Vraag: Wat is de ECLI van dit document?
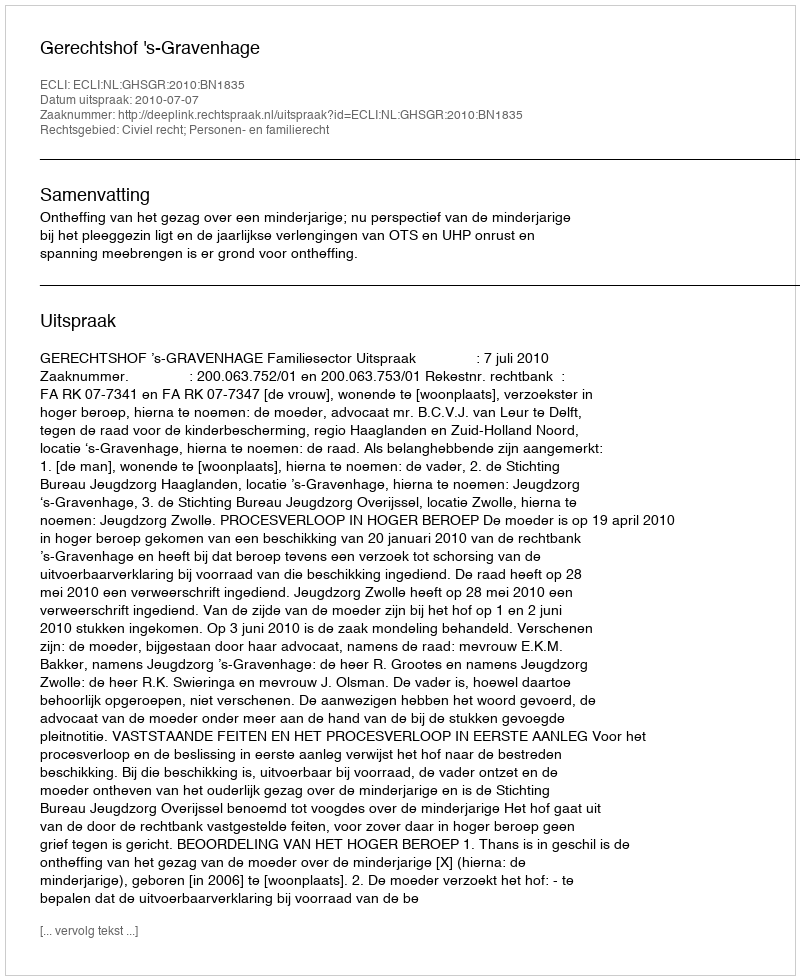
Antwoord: ECLI:NL:GHSGR:2010:BN1835